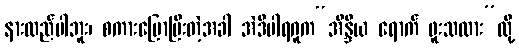
နားလည်ပါဘူး၊ စကားပြောပြီးတဲ့အခါ အဲဒီပါရဂူက“အိန္ဒိယ ရောက် ဖူးသလား”လို့